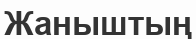
Жаныштың